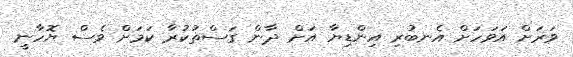
ވަރަށް އަވަހަށް އެނބުރި އިންޑިޔާ އަށް ދާން ގަސްތުކުރާ ކަމަށް ވެސް ޔޮހާނީ